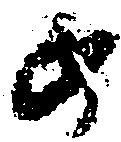
め